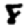
Digit: 8